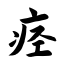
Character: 痉